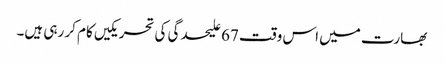
بھارت میں اس وقت 67 علیحدگی کی تحریکیں کام کر رہی ہیں۔